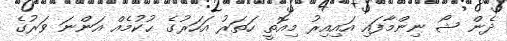
ދެން ޝޯ ނިންމާފައި އައިއިރު މިއޮތީ ހަތަރު އަހަރުގެ ޙުކުމެއް އަންނަ ވަރުގެ